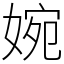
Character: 婉